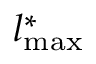
l _ { \mathrm { m a x } } ^ { \ast }